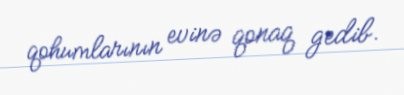
qohumlarının evinə qonaq gedib.